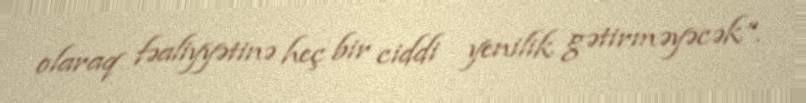
olaraq fəaliyyətinə heç bir ciddi yenilik gətirməyəcək”.